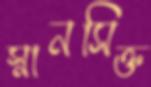
স্নানসিক্ত